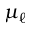
\mu _ { \ell }